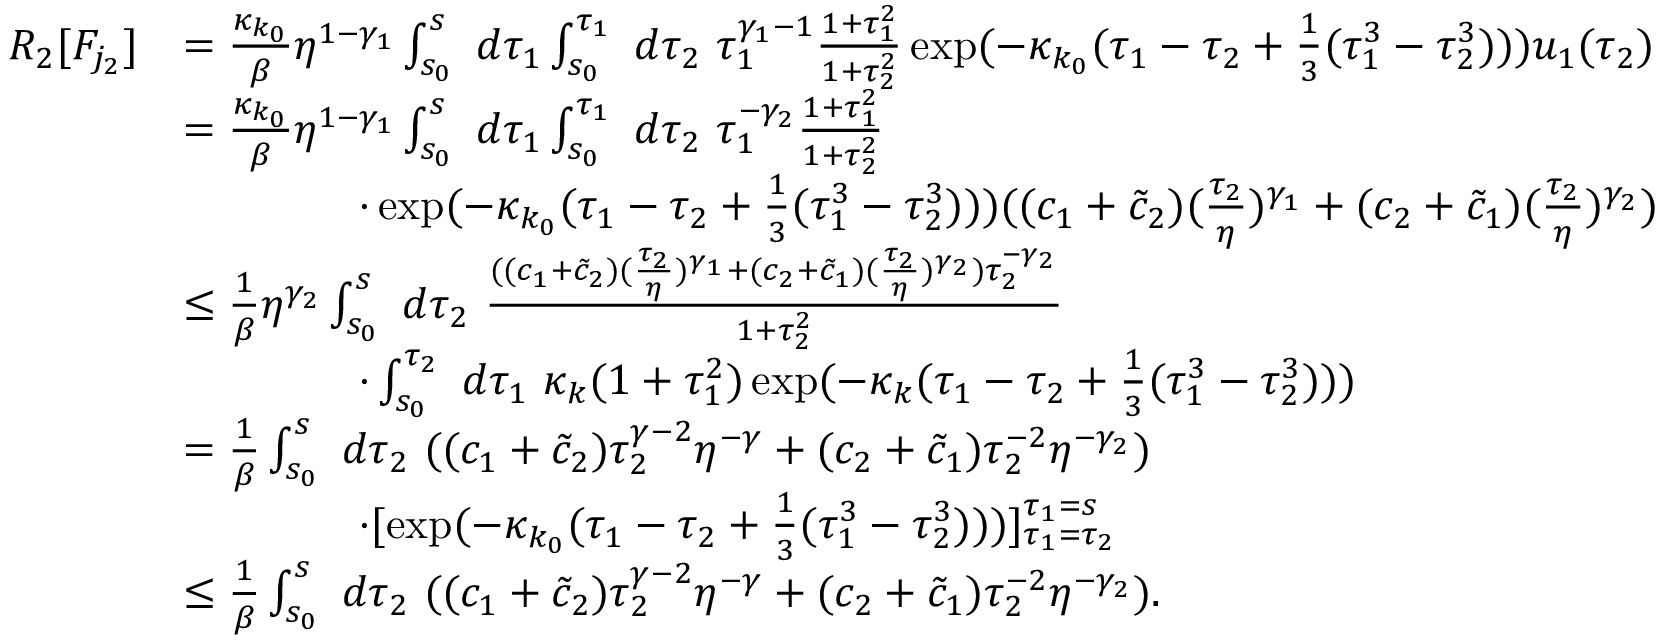
\begin{array} { r l } { R _ { 2 } [ F _ { j _ { 2 } } ] } & { = \frac { \kappa _ { k _ { 0 } } } \beta \eta ^ { 1 - \gamma _ { 1 } } \int _ { s _ { 0 } } ^ { s } \ d \tau _ { 1 } \int _ { s _ { 0 } } ^ { \tau _ { 1 } } \ d \tau _ { 2 } \ \tau _ { 1 } ^ { \gamma _ { 1 } - 1 } \frac { 1 + \tau _ { 1 } ^ { 2 } } { 1 + \tau _ { 2 } ^ { 2 } } \exp ( - \kappa _ { k _ { 0 } } ( \tau _ { 1 } - \tau _ { 2 } + \frac 1 3 ( \tau _ { 1 } ^ { 3 } - \tau _ { 2 } ^ { 3 } ) ) ) u _ { 1 } ( \tau _ { 2 } ) } \\ & { = \frac { \kappa _ { k _ { 0 } } } \beta \eta ^ { 1 - \gamma _ { 1 } } \int _ { s _ { 0 } } ^ { s } \ d \tau _ { 1 } \int _ { s _ { 0 } } ^ { \tau _ { 1 } } \ d \tau _ { 2 } \ \tau _ { 1 } ^ { - \gamma _ { 2 } } \frac { 1 + \tau _ { 1 } ^ { 2 } } { 1 + \tau _ { 2 } ^ { 2 } } } \\ & { \qquad \qquad \cdot \exp ( - \kappa _ { k _ { 0 } } ( \tau _ { 1 } - \tau _ { 2 } + \frac 1 3 ( \tau _ { 1 } ^ { 3 } - \tau _ { 2 } ^ { 3 } ) ) ) ( ( c _ { 1 } + \tilde { c } _ { 2 } ) ( \frac { \tau _ { 2 } } \eta ) ^ { \gamma _ { 1 } } + ( c _ { 2 } + \tilde { c } _ { 1 } ) ( \frac { \tau _ { 2 } } \eta ) ^ { \gamma _ { 2 } } ) } \\ & { \le \frac 1 \beta \eta ^ { \gamma _ { 2 } } \int _ { s _ { 0 } } ^ { s } \ d \tau _ { 2 } \ \frac { ( ( c _ { 1 } + \tilde { c } _ { 2 } ) ( \frac { \tau _ { 2 } } \eta ) ^ { \gamma _ { 1 } } + ( c _ { 2 } + \tilde { c } _ { 1 } ) ( \frac { \tau _ { 2 } } \eta ) ^ { \gamma _ { 2 } } ) \tau _ { 2 } ^ { - \gamma _ { 2 } } } { 1 + \tau _ { 2 } ^ { 2 } } } \\ & { \qquad \qquad \cdot \int _ { s _ { 0 } } ^ { \tau _ { 2 } } \ d \tau _ { 1 } \ \kappa _ { k } ( 1 + \tau _ { 1 } ^ { 2 } ) \exp ( - \kappa _ { k } ( \tau _ { 1 } - \tau _ { 2 } + \frac 1 3 ( \tau _ { 1 } ^ { 3 } - \tau _ { 2 } ^ { 3 } ) ) ) } \\ & { = \frac { 1 } \beta \int _ { s _ { 0 } } ^ { s } \ d \tau _ { 2 } \ ( ( c _ { 1 } + \tilde { c } _ { 2 } ) \tau _ { 2 } ^ { \gamma - 2 } \eta ^ { - \gamma } + ( c _ { 2 } + \tilde { c } _ { 1 } ) \tau _ { 2 } ^ { - 2 } \eta ^ { - \gamma _ { 2 } } ) } \\ & { \qquad \qquad \cdot [ \exp ( - \kappa _ { k _ { 0 } } ( \tau _ { 1 } - \tau _ { 2 } + \frac 1 3 ( \tau _ { 1 } ^ { 3 } - \tau _ { 2 } ^ { 3 } ) ) ) ] _ { \tau _ { 1 } = \tau _ { 2 } } ^ { \tau _ { 1 } = s } } \\ & { \le \frac { 1 } \beta \int _ { s _ { 0 } } ^ { s } \ d \tau _ { 2 } \ ( ( c _ { 1 } + \tilde { c } _ { 2 } ) \tau _ { 2 } ^ { \gamma - 2 } \eta ^ { - \gamma } + ( c _ { 2 } + \tilde { c } _ { 1 } ) \tau _ { 2 } ^ { - 2 } \eta ^ { - \gamma _ { 2 } } ) . } \end{array}